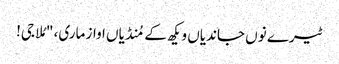
ٹیرے نوں جاندیاں ویکھ کے مُنڈیاں اواز ماری، "مُلا جی!